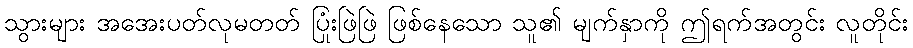
သွားများ အအေးပတ်လုမတတ် ပြုံးဖြဲဖြဲ ဖြစ်နေသော သူ၏ မျက်နှာကို ဤရက်အတွင်း လူတိုင်း